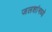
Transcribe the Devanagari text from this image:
जलशांमध्ये